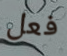
فعل